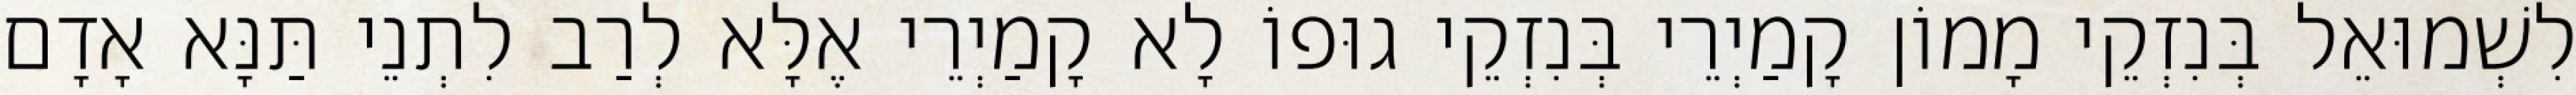
לִשְׁמוּאֵל בְּנִזְקֵי מָמוֹן קָמַיְרֵי בְּנִזְקֵי גוּפוֹ לָא קָמַיְרֵי אֶלָּא לְרַב לִתְנֵי תַּנָּא אָדָם